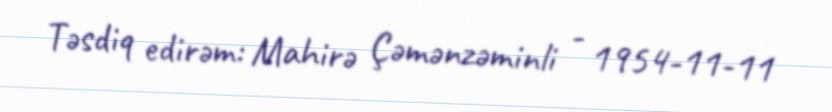
Təsdiq edirəm: Mahirə Çəmənzəminli - 1954-11-11